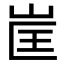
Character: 𭖕